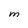
Character: M